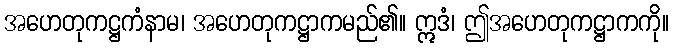
အဟေတုကဋ္ဌကံနာမ၊ အဟေတုကဋ္ဌာကမည်၏။ ဣဒံ၊ ဤအဟေတုကဋ္ဌာကကို။